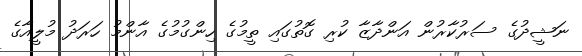
ނަޝީދުގެ ސަރުކާރުން އަންދާޒާ ކުރި ގޮތުގައި ތީމުގެ ހިންގުމުގެ އާންމު ހަރަދު މުލީއާގެ